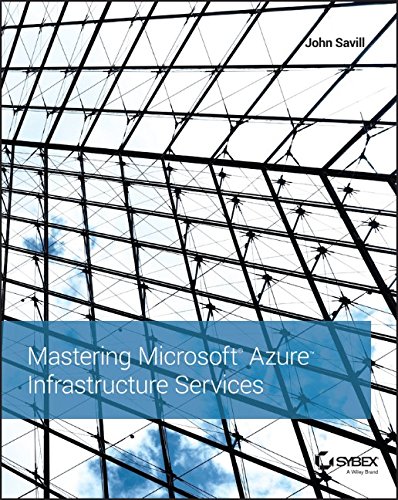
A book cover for Mastering Microsoft Azure Infrastructure Services; John Savill; Computers & Technology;